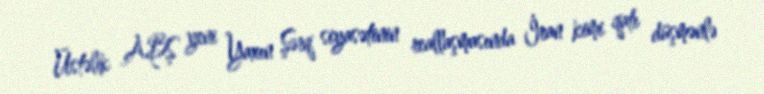
Üstəlik ABŞ yeni Yaxın Şərq siyasətinin reallaşmasında İran kimi qatı düşmənlə